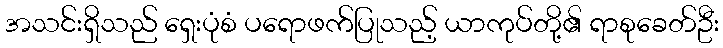
အသင်းရှိသည် ရှေးပုံစံ ပရောဖက်ပြုသည့် ယာကုပ်တို့၏ ရာစုခေတ်ဦး